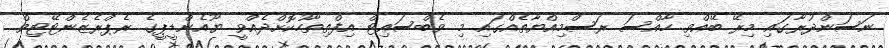
ނަސަންދުރާގައި މިރޭ ބޭއްވި ހާއްސަ ރަސްމިއްޔާތެއްގައި މި ވެބްސައިޓް އިފްތިތާހުކޮށްދެއްވީ ޔޫއެންޑީޕީގެ ރެޕްރެޒެންޓޭޓިވް